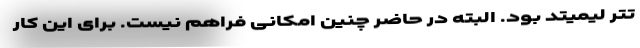
تتر لیمیتد بود. البته در حاضر چنین امکانی فراهم نیست. برای این کار